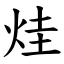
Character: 烓